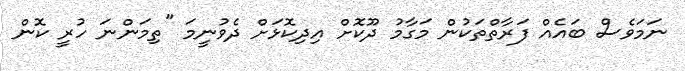
ނަމަވެސް ބައެއް ފަރާތްތަކުން މަގާމު ދޫކޮށް އިދިކޮޅަށް ދެވުނީމަ "ތިމަންނަ ހުރީ ކޮން